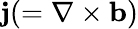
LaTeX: {\mathbf{j}}(=\nabla\times{\mathbf{b}})